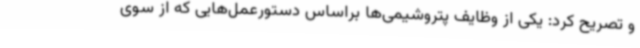
و تصریح کرد: یکی از وظایف پتروشیمی‌ها براساس دستورعمل‌هایی که از سوی